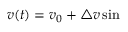
v ( t ) = v _ { 0 } + \triangle v \sin